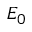
E _ { 0 }